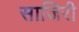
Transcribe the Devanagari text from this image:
साजिरी